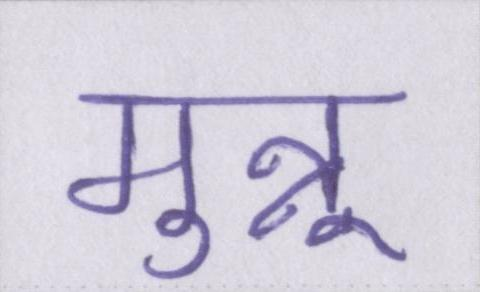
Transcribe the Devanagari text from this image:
मुन्नू